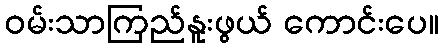
ဝမ်းသာကြည်နူးဖွယ် ကောင်းပေ။